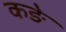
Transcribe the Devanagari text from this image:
कङे